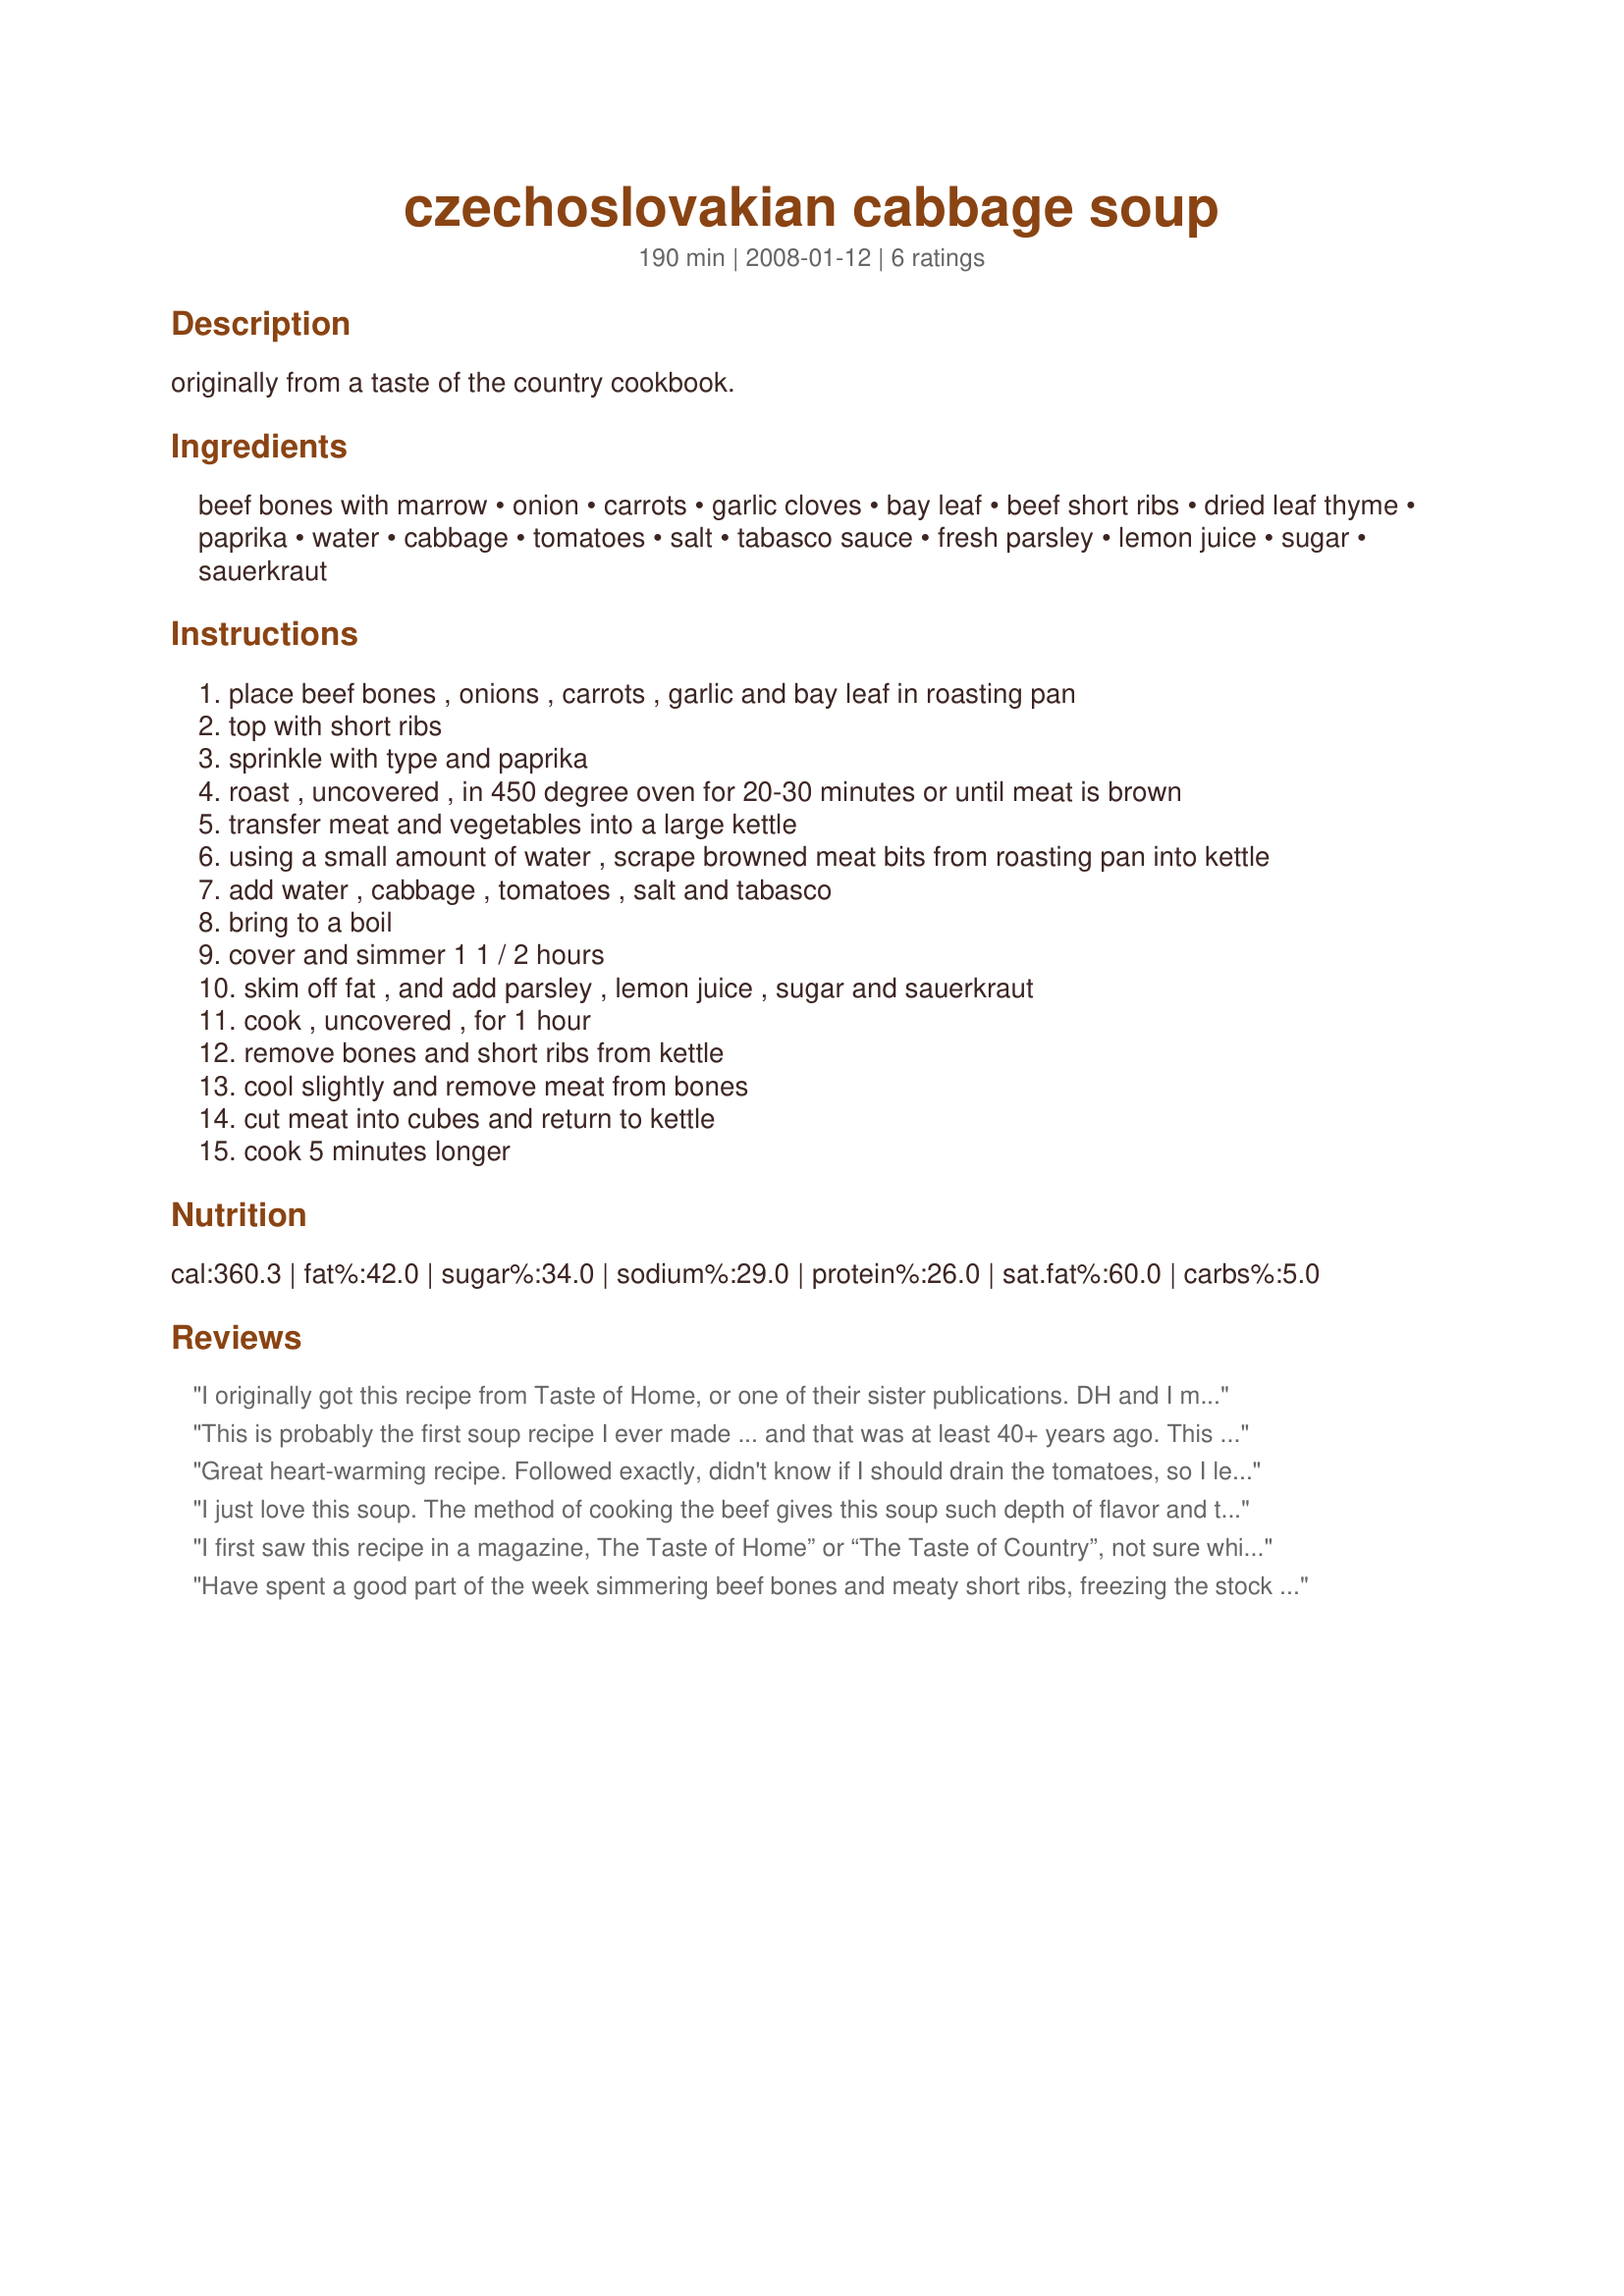
czechoslovakian cabbage soup
Preparation time: 190 minutes

originally from a taste of the country cookbook.

Ingredients:
beef bones with marrow, onion, carrots, garlic cloves, bay leaf, beef short ribs, dried leaf thyme, paprika, water, cabbage, tomatoes, salt, tabasco sauce, fresh parsley, lemon juice, sugar, sauerkraut

Steps:
place beef bones , onions , carrots , garlic and bay leaf in roasting pan
top with short ribs
sprinkle with type and paprika
roast , uncovered , in 450 degree oven for 20-30 minutes or until meat is brown
transfer meat and vegetables into a large kettle
using a small amount of water , scrape browned meat bits from roasting pan into kettle
add water , cabbage , tomatoes , salt and tabasco
bring to a boil
cover and simmer 1 1 / 2 hours
skim off fat , and add parsley , lemon juice , sugar and sauerkraut
cook , uncovered , for 1 hour
remove bones and short ribs from kettle
cool slightly and remove meat from bones
cut meat into cubes and return to kettle
cook 5 minutes longer

Reviews:
I originally got this recipe from Taste of Home, or one of their sister publications. DH and I made it the first time and we absolutely loved the soup. After that, we always made double batches of it and froze it in two serving portions. It is a labor intensive soup to make - lots of steps and lots of chopping, etc., but we feel very much worth it. The last time we made it, we had to place an order for the soup bones and short ribs - our supermarket doesn&#039;t stock them any longer. We haven&#039;t made any for 3 or 4 years and I think it is time to get those ingredients ordered again!
This is probably the first soup recipe I ever made ... and that was at least 40+ years ago. This is constantly satisfying and a go-to recipe when you want a little something off the grid. I also add some kielbasa to add another dimension. Just LOVE this soup! Add a dollop of sour cream or Greek yogurt when serving. Simply divine!
Great heart-warming recipe. Followed exactly, didn't know if I should drain the tomatoes, so I left undrained. Great first soup recipe for the fall, thanks!
I just love this soup. The method of cooking the beef gives this soup such depth of flavor and the saurekraut gives it a little zing. I have been making this recipe for years and always look forward to the cold months when I can make it again.
I first saw this recipe in a magazine, The Taste of Home” or “The Taste of Country”, not sure which. This soup is absolutely fabulous. I have made it every year for at least 20 years on the day after Christmas, and it is such a hit that December 26th is known in my house as “Sauerkraut Soup” Day. My husband has some Czech roots so it really speaks to him! As with so many soups, this one gets better and better as the days go by so I make it 2-3 days ahead. Hearty, soul-satisfying, and it cuts through all the rich food you’ve eaten over the holidays. It’s one of those perfect soups for chilly weather, anytime! A dollop of sour cream on top and good rye bread on the side and I’m a very happy camper! Love it.
Have spent a good part of the week simmering beef bones and meaty short ribs, freezing the stock and soups to have on hand when it gets time to get gardening. Made for the perfect time to make your Cabbage Soup. This is so like one I remember except we used vinegar - happy to once again find a recipe and have it on paper. Made as posted - the sauerkraut and cabbage making for a wonderfully delicious hearty old fashioned soup - one that makes for seconds. Made as posted and wouldn't change a thing. Thank you ladyfingers for sharing this Country cookbook recipe that has been added to my soup collection.
